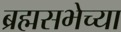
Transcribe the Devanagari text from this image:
ब्रह्मसभेच्या